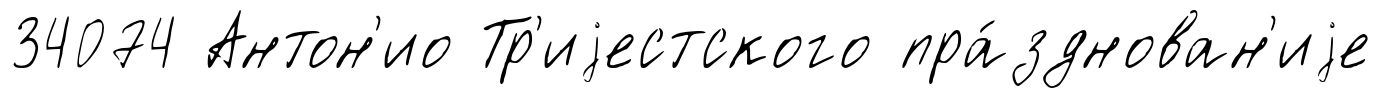
34074 Антон'ио Тр'иjестского пра́зднован'иjе